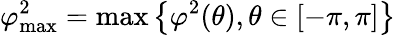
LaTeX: \varphi_{\mathrm{max}}^{2}=\mathrm{max}\left\{ \varphi^{2}(\theta),\theta\in[-\pi,\pi]\right\}